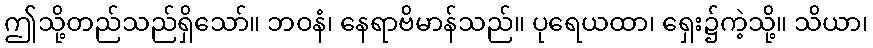
ဤသို့တည်သည်ရှိသော်။ ဘဝနံ၊ နေရာဗိမာန်သည်။ ပုရေယထာ၊ ရှေး၌ကဲ့သို့။ သိယာ၊